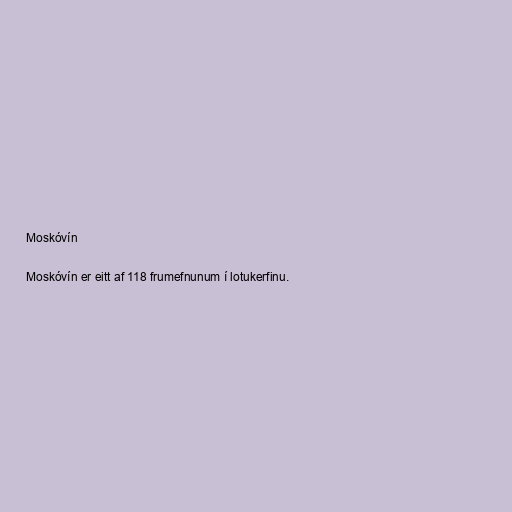
Moskóvín

Moskóvín er eitt af 118 frumefnunum í lotukerfinu.